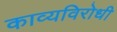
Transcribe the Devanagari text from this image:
काव्यविरोधी